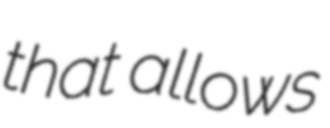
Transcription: that allows